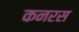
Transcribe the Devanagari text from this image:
कनरस